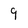
Character: 9